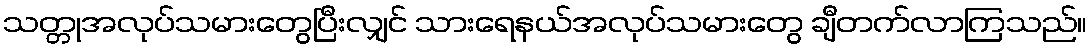
သတ္တုအလုပ်သမားတွေပြီးလျှင် သားရေနယ်အလုပ်သမားတွေ ချီတက်လာကြသည်။